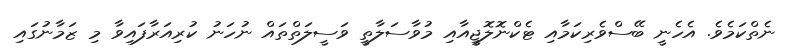
ނެތްކަމެވެ. އެހެނީ ބޭސްވެރިކަމާއި ޓެކްނޮލޮޖީއާއި މުވާސަލާތީ ވަސީލަތްތައް ނުހަނު ކުރިއަރާފައިވާ މި ޒަމާނުގައި